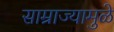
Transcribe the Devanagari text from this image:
साम्राज्यामुळे